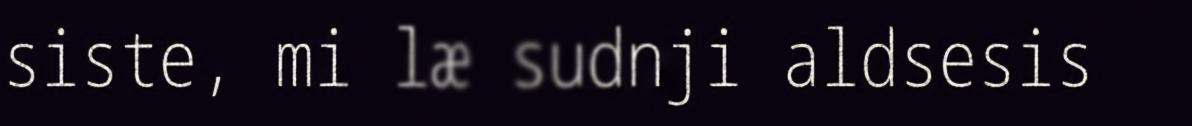
siste, mi læ sudnji aldsesis